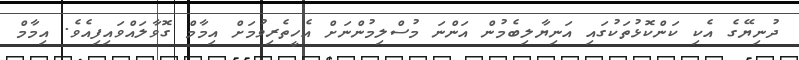
ދުނިޔޭގެ އެކި ކަންކޮޅުތަކުގައި އަނިޔާލިބެމުން އަންނަ މުސްލިމުންނަށް އެހީތެރިވުމަށް އިމާމް ގޮވާލައްވައިފިއެވެ. އިމާމް